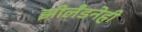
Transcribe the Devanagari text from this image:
झीलँडनेही